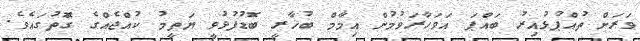
ވަރަށް ތުއްޕުޅުއިރު ބައްޕަ އަވަހާރަވުމުން އިމާމް ބުޚާރީ ބޮޑުފުޅުވީ ޔަތީމު ކުއްޖެއްގެ ގަޮތުގައެވެ.